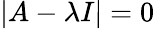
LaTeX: |A-\lambda I|=0